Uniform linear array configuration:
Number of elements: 12
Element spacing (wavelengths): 0.25
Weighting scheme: hann
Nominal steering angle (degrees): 30
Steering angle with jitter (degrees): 30.56
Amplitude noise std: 0.05
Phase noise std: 0.05

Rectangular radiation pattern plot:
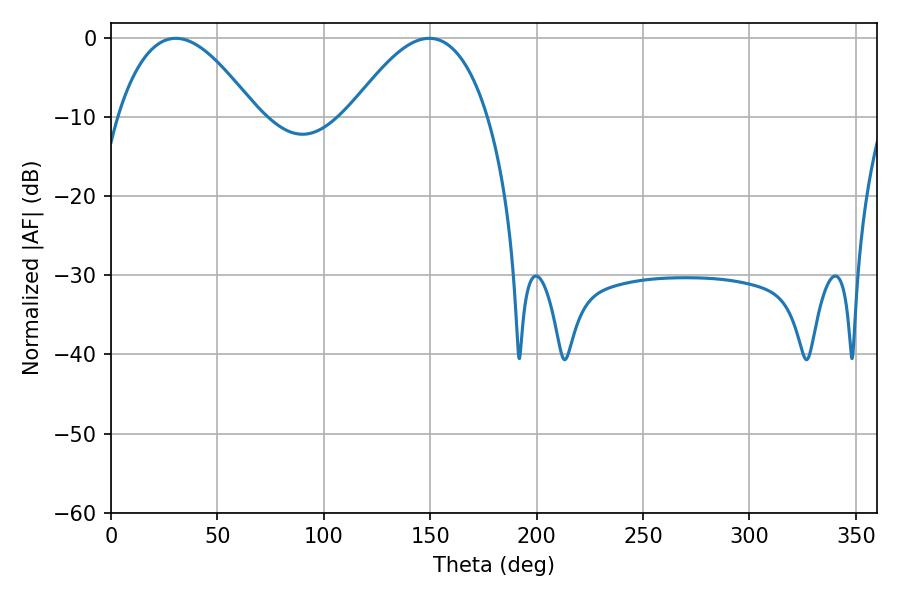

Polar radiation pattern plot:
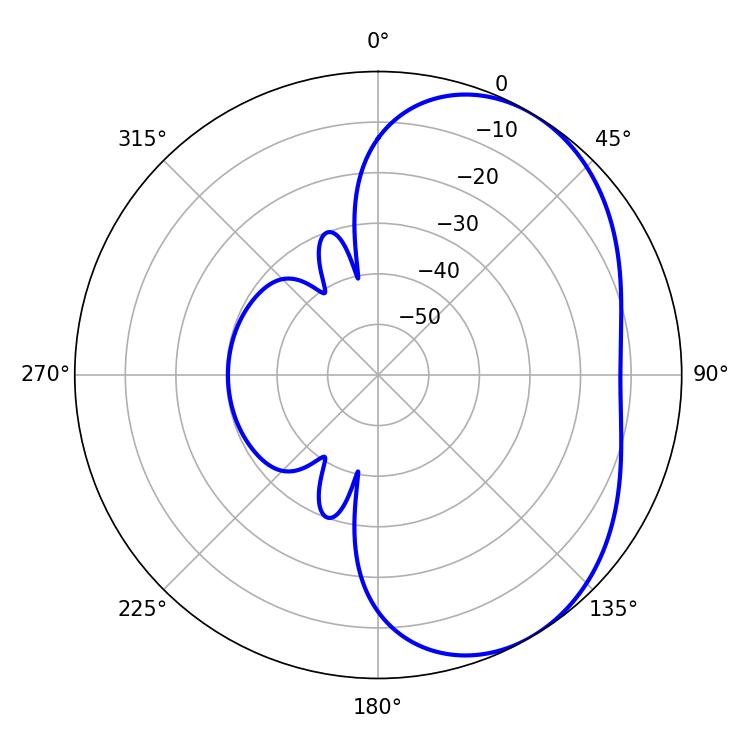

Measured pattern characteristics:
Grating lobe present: FALSE
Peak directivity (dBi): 4.211
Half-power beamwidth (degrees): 35.64
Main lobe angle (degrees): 30.42